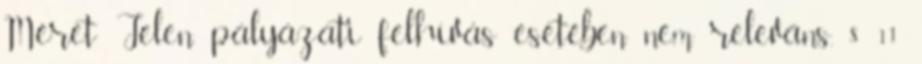
Méret Jelen pályázati felhívás esetében nem releváns. 8 11